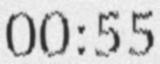
00:55